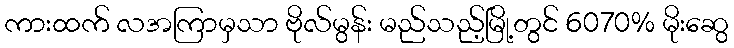
ကားထက် လအကြာမှသာ ဗိုလ်မွန်း မည်သည့်မြို့တွင် 6070% မိုးဆွေ